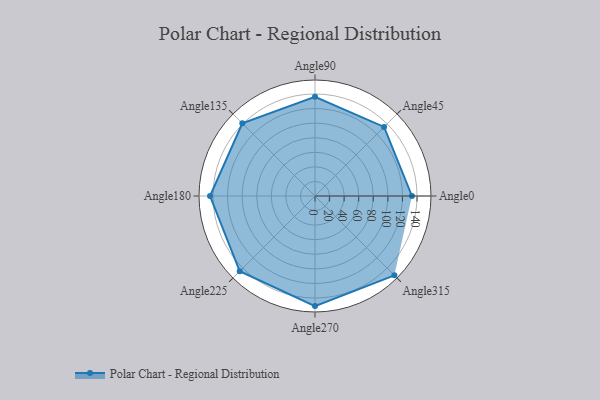
{"axis": {"x": "Angle", "y": "Radius"}, "legend": [""], "data": [{"x": "Angle0", "y": 133.0, "type": ""}, {"x": "Angle45", "y": 134.0, "type": ""}, {"x": "Angle90", "y": 136.0, "type": ""}, {"x": "Angle135", "y": 141.0, "type": ""}, {"x": "Angle180", "y": 144.0, "type": ""}, {"x": "Angle225", "y": 146.0, "type": ""}, {"x": "Angle270", "y": 151.0, "type": ""}, {"x": "Angle315", "y": 154.0, "type": ""}]}